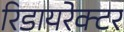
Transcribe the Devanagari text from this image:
रिडायरेक्टर